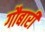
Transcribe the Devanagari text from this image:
गौबारी